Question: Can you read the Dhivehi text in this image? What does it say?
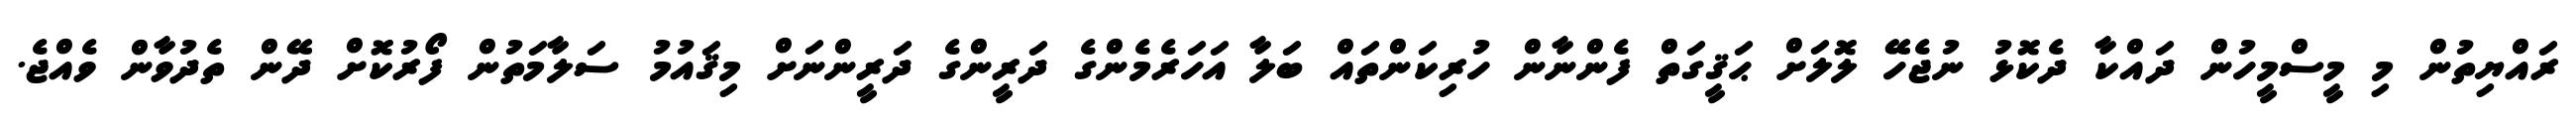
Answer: ރައްޔިތުން މި މީސްމީހުން ދައްކާ ދެކޮޅު ނުޖެހޭ ލޮލަށް ޙަޤީގަތް ފެންނާން ހުރިކަންތައް ބަލާ އަހަރެމެންގެ ދަރީންގެ ދަރީންނަށް މިޤައުމު ސަލާމަތުން ފޯރުކޮށް ދޭން ތެދުވާން ވެއްޖެ.